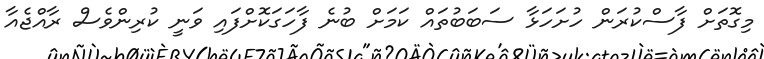
މިގޮތަށް ފާސްކުރަން ހުށަހަޅާ ސަބަބުތައް ކަމަށް ބުނެ ފާހަގަކޮށްފައި ވަނީ ކުރިންވެސް ރާއްޖެއާ